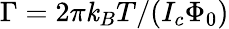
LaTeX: \Gamma=2\pi\mathit{k}_{B}T/(I_{c}\Phi_{0})